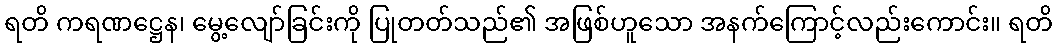
ရတိ ကရဏဋ္ဌေန၊ မွေ့လျော်ခြင်းကို ပြုတတ်သည်၏ အဖြစ်ဟူသော အနက်ကြောင့်လည်းကောင်း။ ရတိ